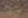
جيثرو